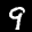
Label: 9